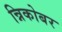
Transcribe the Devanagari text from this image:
न्निकोबर